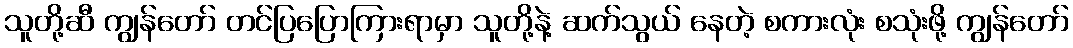
သူတို့ဆီ ကျွန်တော် တင်ပြပြောကြားရာမှာ သူတို့နဲ့ ဆက်သွယ် နေတဲ့ စကားလုံး စသုံးဖို့ ကျွန်တော်